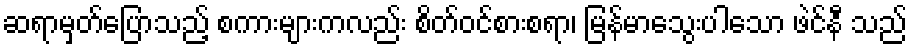
ဆရာမှတ်ပြောသည့် စကားများကလည်း စိတ်ဝင်စားစရာ၊ မြန်မာသွေးပါသော ဖဲင်နီ သည်